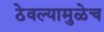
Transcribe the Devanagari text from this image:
ठेवल्यामुळेच